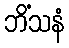
ဘိံသနံ